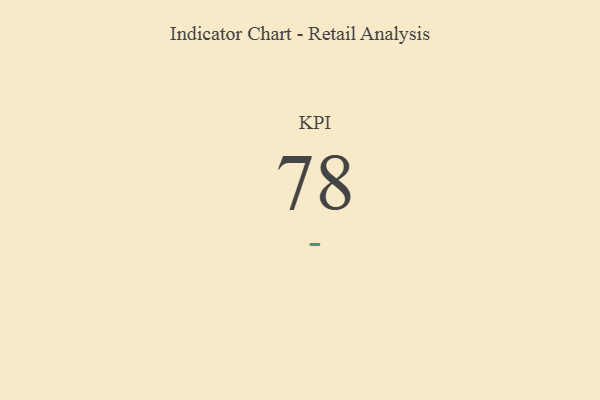
{"axis": {"x": "KPI", "y": "Value"}, "legend": [""], "data": [{"x": "KPI", "y": 78, "type": ""}]}